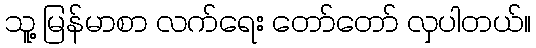
သူ့ မြန်မာစာ လက်ရေး တော်တော် လှပါတယ်။